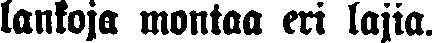
lankoja montaa eri lajia.